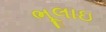
ભૂલાઇ